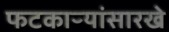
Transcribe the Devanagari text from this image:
फटकाऱ्यांसारखे